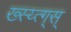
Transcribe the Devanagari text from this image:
ख्स्य्त्ग्स्